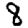
Digit: 8